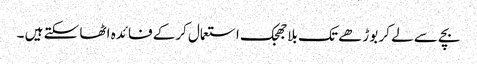
بچے سے لے کر بوڑھے تک بلاجھجک استعمال کرکے فائدہ اٹھا سکتے ہیں ۔